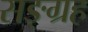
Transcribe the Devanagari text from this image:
सङ्ग्रह